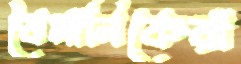
বৈমানিকেরা